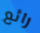
رائع